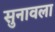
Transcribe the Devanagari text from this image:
सुनावला